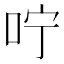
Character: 咛